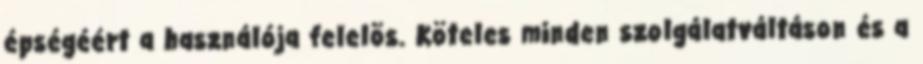
épségéért a használója felelõs. Köteles minden szolgálatváltáson és a